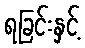
ရခြင်းနှင့်